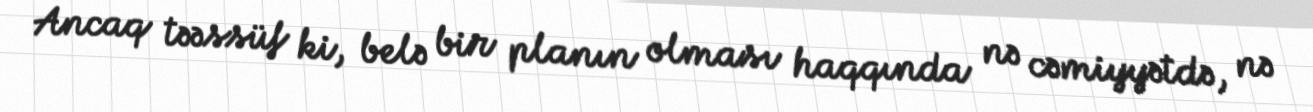
Ancaq təəssüf ki, belə bir planın olması haqqında nə cəmiyyətdə, nə